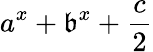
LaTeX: a^{x}+\mathfrak{b}^{x}+\frac{{c}}{{2}}